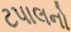
ટપાલનો